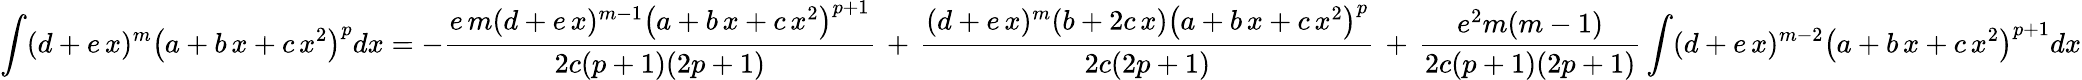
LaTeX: \int(d+e\, x)^{m}\left(a+b\, x+c\, x^{2}\right)^{p}dx=-{\frac{e\, m(d+e\, x)^{m-1}\left(a+b\, x+c\, x^{2}\right)^{p+1}}{2c(p+1)(2p+1)}}\, +\, {\frac{(d+e\, x)^{m}(b+2c\, x)\left(a+b\, x+c\, x^{2}\right)^{p}}{2c(2p+1)}}\, +\, {\frac{e^{2}m(m-1)}{2c(p+1)(2p+1)}}\int(d+e\, x)^{m-2}\left(a+b\, x+c\, x^{2}\right)^{p+1}dx